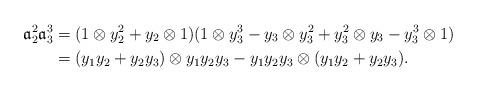
LaTeX: \begin{align*}\mathfrak{a}_2^2 \mathfrak{a}_3^3 &= (1 \otimes y_2^2+ y_2 \otimes 1) (1 \otimes y_3^3- y_3 \otimes y_3^2+ y_3^2 \otimes y_3- y_3^3 \otimes 1) \\&= (y_1y_2+ y_2y_3) \otimes y_1y_2y_3- y_1y_2y_3 \otimes (y_1y_2+ y_2y_3).\end{align*}